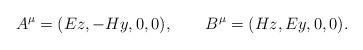
LaTeX: \begin{align*}A^{\mu} = (Ez, - Hy, 0, 0), \qquad B^{\mu} = (Hz, Ey, 0, 0).\end{align*}